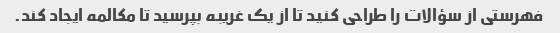
فهرستی از سؤالات را طراحی کنید تا از یک غریبه بپرسید تا مکالمه ایجاد کند.